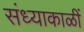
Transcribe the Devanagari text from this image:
संध्याकाळीं